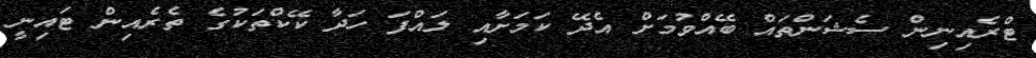
ޓްރެއިނިން ސެޝަންތައް ބޭއްވުމަށް އެދޭ ކަމަށާއި ލައްފަ ހަދާ ކޭކްތަކުގެ ތެރެއިން ޓައިނީ